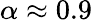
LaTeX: \alpha\approx 0.9